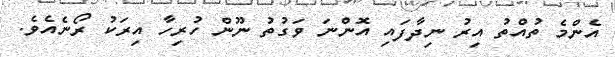
އެންމެ ތުއްތު އިރު ނިދާފައި އޮންނަ ވަގުތު ނޫން ހުރިހާ އިރަކު ރޯނެއެވެ.